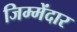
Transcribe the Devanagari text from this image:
जिम्मेंदार